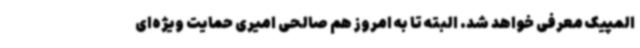
المپیک معرفی خواهد شد. البته تا به امروز هم صالحی امیری حمایت ویژه‌ای